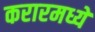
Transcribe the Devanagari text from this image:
करारमध्ये